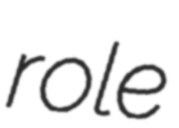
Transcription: role